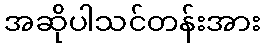
အဆိုပါသင်တန်းအား